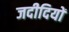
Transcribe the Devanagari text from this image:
जदीदियों